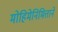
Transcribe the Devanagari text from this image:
मोहिमेनिमित्ताने